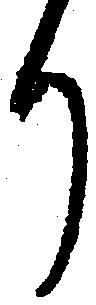
り